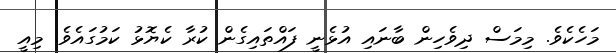
މަހެކެވެ. މިމަސް ދިވެހިން ބާނައި އުޅެނީ ފައްތައިގެން ކުރާ ކެޔޮޅު ކަމުގައެވެ. މިއީ